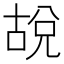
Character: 𪡜